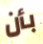
بأن